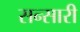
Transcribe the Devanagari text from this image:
सन्सारी